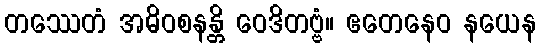
တဿေတံ အဓိဝစနန္တိ ဝေဒိတဗ္ဗံ။ ဧတေနေဝ နယေန